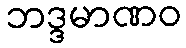
ဘဒ္ဒမာဏဝ